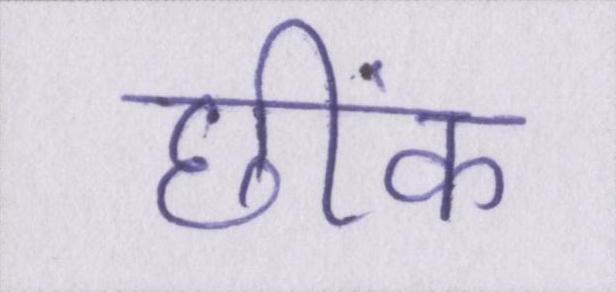
छींक